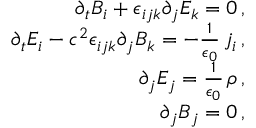
\begin{array} { r l r } & { } & { \partial _ { t } B _ { i } + \epsilon _ { i j k } \partial _ { j } E _ { k } = 0 \, , } \\ & { } & { \partial _ { t } E _ { i } - c ^ { 2 } \epsilon _ { i j k } \partial _ { j } B _ { k } = - \frac { 1 } { \epsilon _ { 0 } } \, j _ { i } \, , } \\ & { } & { \partial _ { j } E _ { j } = \frac { 1 } { \epsilon _ { 0 } } \, \rho \, , } \\ & { } & { \partial _ { j } B _ { j } = 0 \, , } \end{array}